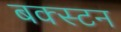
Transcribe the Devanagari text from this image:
बक्स्टन